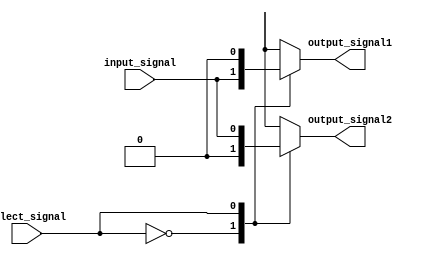
module demux_1to2 (
    input wire input_signal,
    input wire select_signal,
    output reg output_signal1,
    output reg output_signal2
);

always @(*) begin
    case (select_signal)
        1'b0: begin
            output_signal1 = input_signal;
            output_signal2 = 1'b0;
        end
        1'b1: begin
            output_signal1 = 1'b0;
            output_signal2 = input_signal;
        end
        default: begin
            output_signal1 = 1'b0;
            output_signal2 = 1'b0;
        end
    endcase
end

endmodule